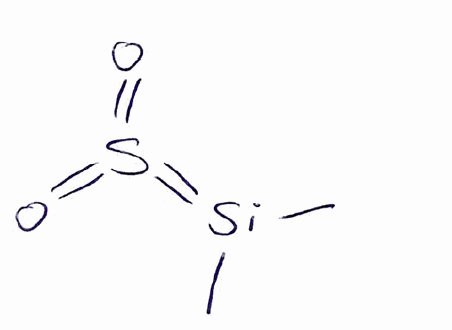
Simplified molecular-input line-entry system (SMILES) notation of the given molecule:
C[Si](=S(=O)=O)C